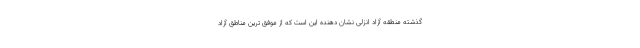
گذشته منطقه آزاد انزلی نشان دهنده این است که از موفق ترین مناطق آزاد